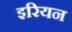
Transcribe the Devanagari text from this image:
इरियन